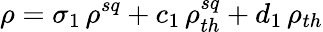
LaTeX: \rho=\sigma_{1}\, \rho^{sq}+c_{1}\, \rho_{th}^{sq}+d_{1}\, \rho_{th}